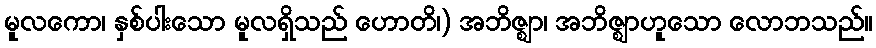
မူလကော၊ နှစ်ပါးသော မူလရှိသည် ဟောတိ၊) အဘိဇ္ဈာ၊ အဘိဇ္ဈာဟူသော လောဘသည်။